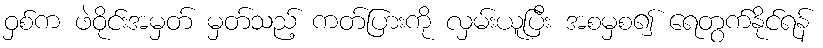
ဝှစ်က ဖဲဝိုင်းအမှတ် မှတ်သည့် ကတ်ပြားကို လှမ်းယူပြီး အစမှစ၍ ရေတွက်နိုင်ရန်